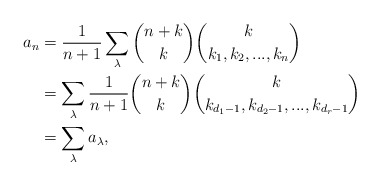
\begin{align*}a_n&=\frac{1}{n+1}\sum_{\lambda} \binom{n+k}{k}\binom{k}{k_1,k_2,...,k_n}\\&=\sum_{\lambda} \frac{1}{n+1}\binom{n+k}{k}\binom{k}{k_{d_1-1},k_{d_2-1},...,k_{d_r-1}}\\&=\sum_{\lambda} a_{\lambda},\end{align*}